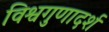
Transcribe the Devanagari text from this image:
विश्वगुणादर्श